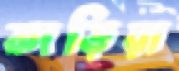
কাড়িয়া